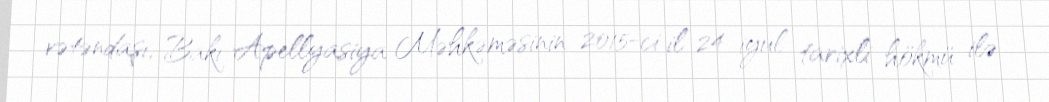
vətəndaşı, Bakı Apellyasiya Məhkəməsinin 2015-ci il 24 iyul tarixli hökmü ilə